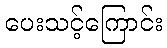
ပေးသင့်ကြောင်း